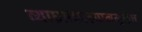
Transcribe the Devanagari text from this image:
व्याघ्रप्रकाल्पानमुळेच